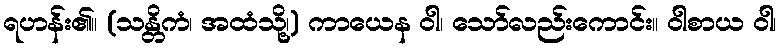
ရဟန်း၏။ (သန္တိကံ၊ အထံသို့၊) ကာယေန ဝါ၊ သော်လည်းကောင်း။ ဝါစာယ ဝါ၊